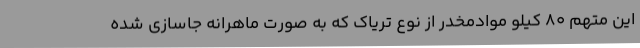
این متهم 80 کیلو موادمخدر از نوع تریاک که به صورت ماهرانه جاسازی شده